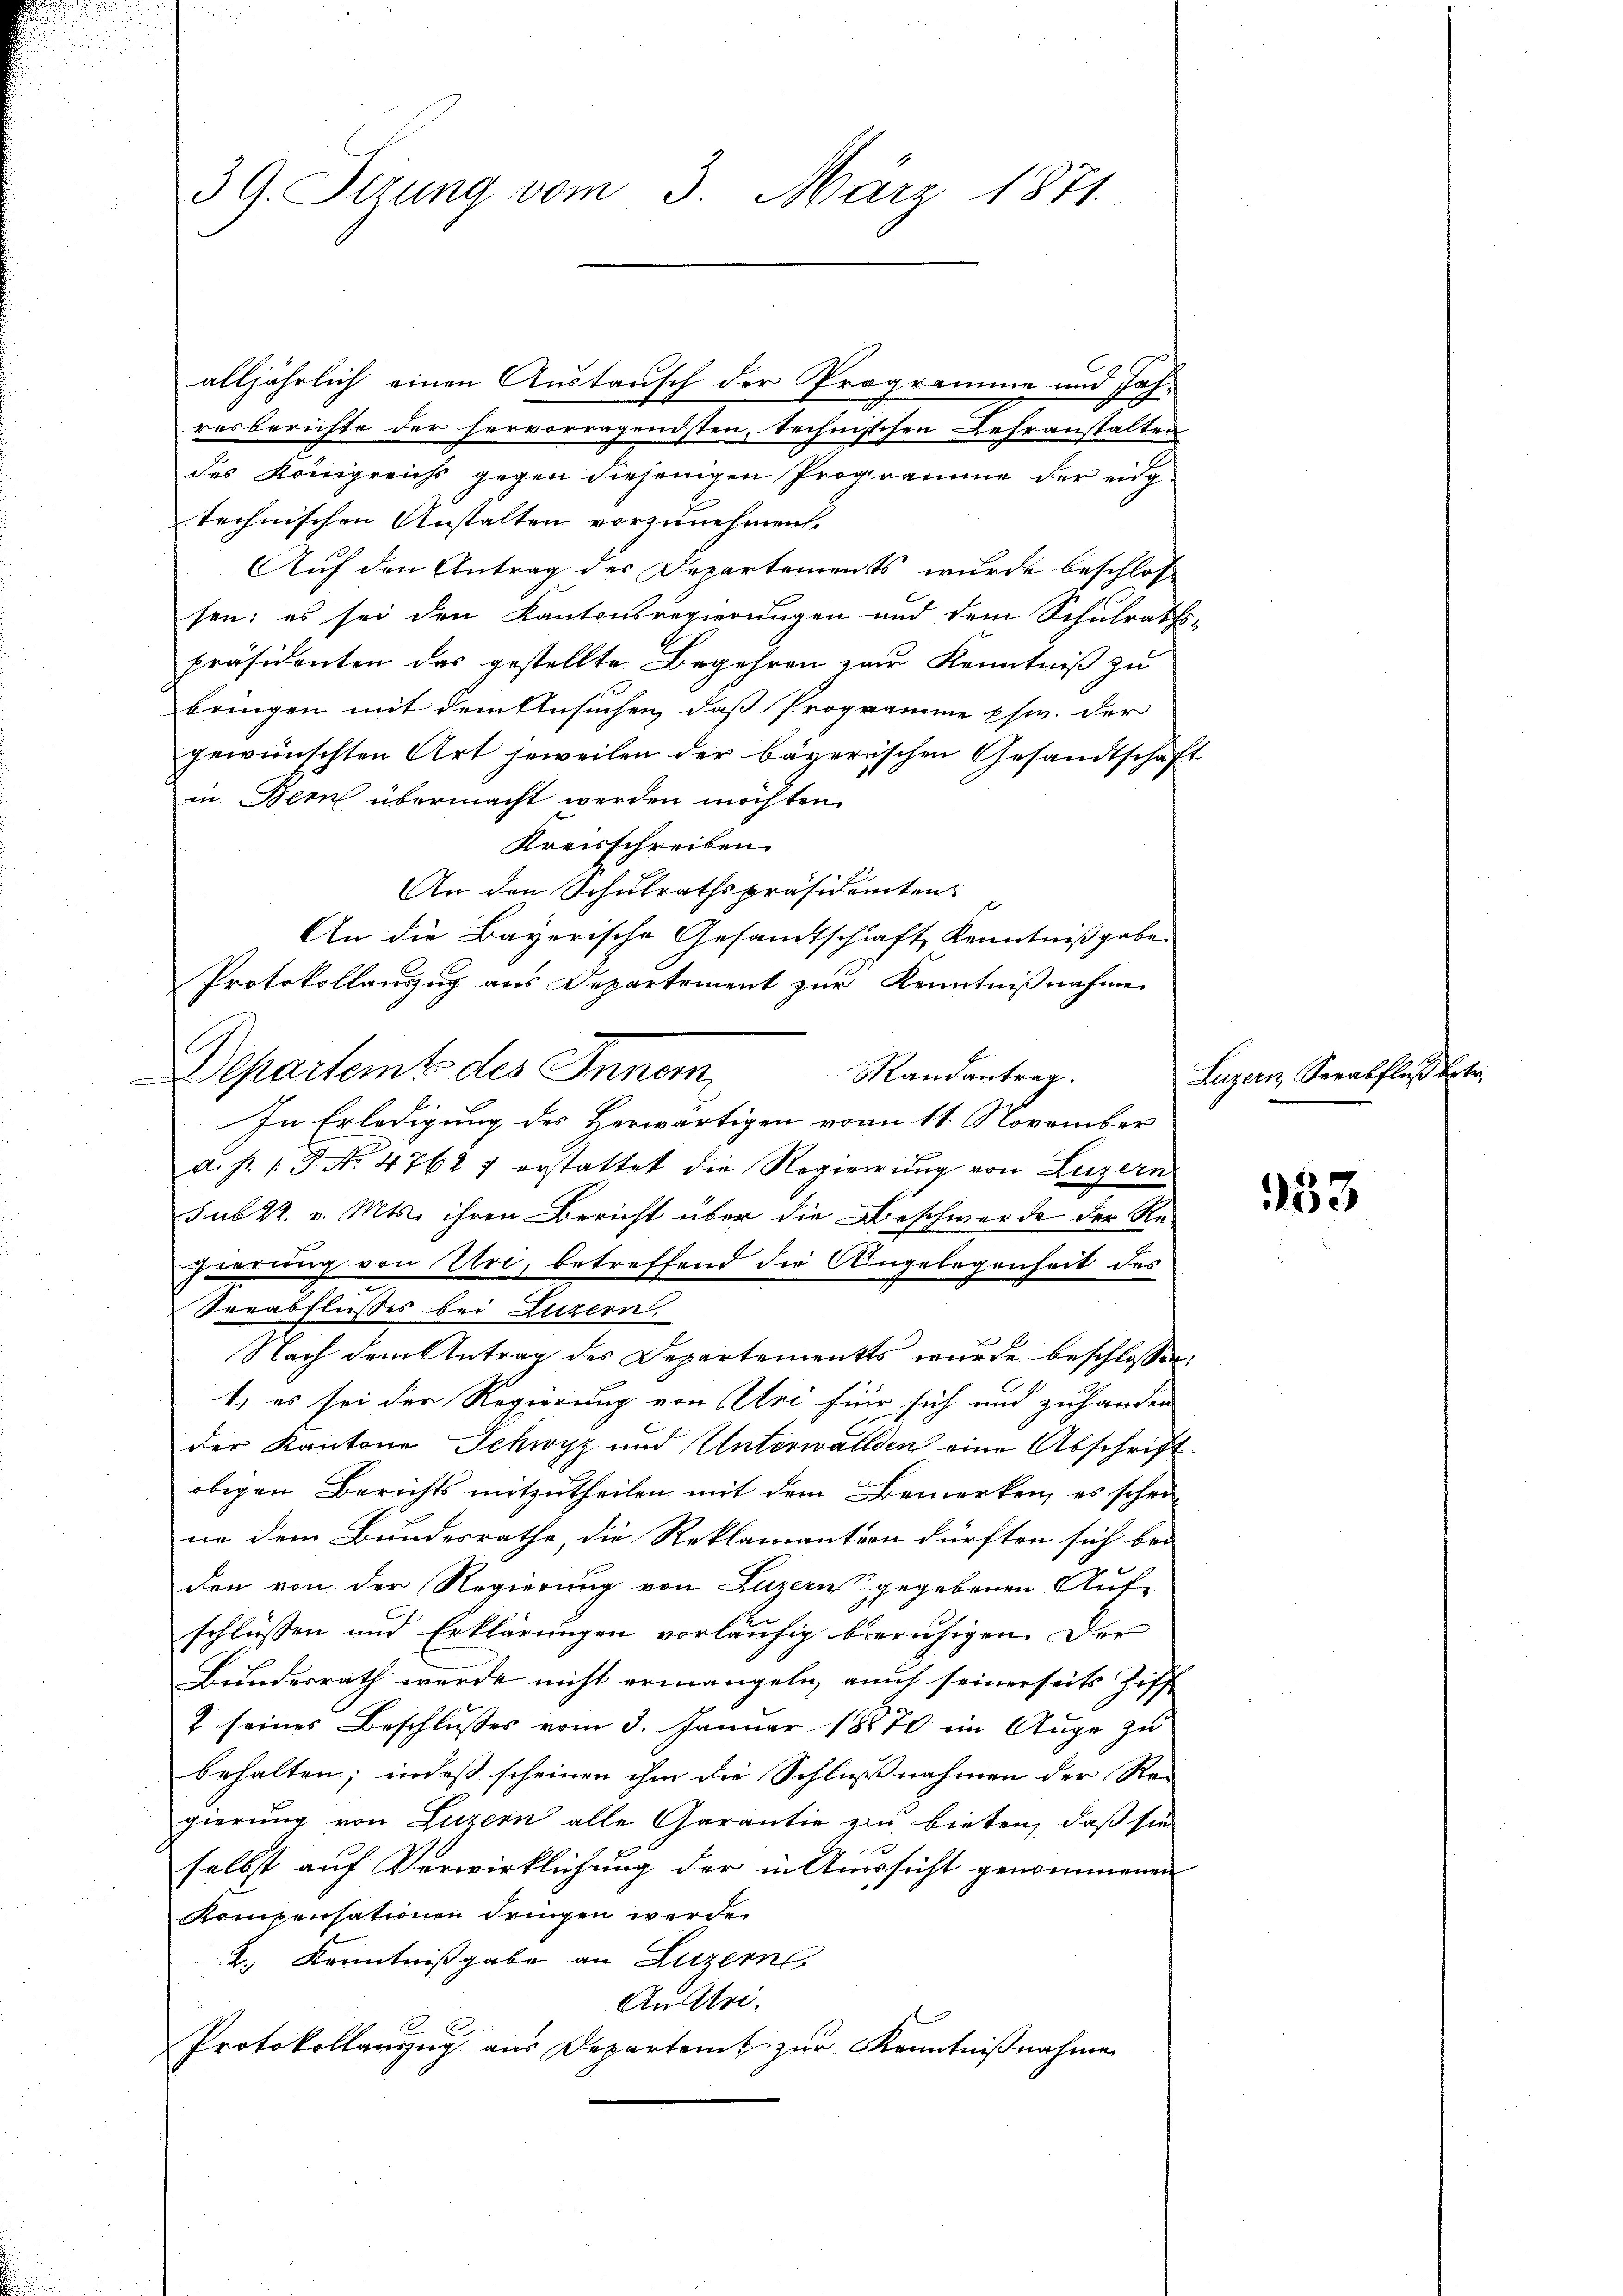
39. Sizung vom 3. März 1871

resberichte der hervorragendsten, technischen Lehranstalten
des Königreichs gegen diejenigen Programme der eidgtechnischen Anstalten vorzunehmen.
Auf den Antrag der Departements wurde beschlos
sen; es sei den Kantonsregierungen und dem Schulraths-
präsidenten das gestellte Begehren zur Kenntniß zu
bringen mit dem Ansuchen, daß Programme psw. der
gewünschten Art jeweilen der bägerischen Gesandtschaft
in Bern übermacht werden möchten.
Kreisschreiben.
An den Schulrathspräsidenten
An die Bayerische Gesandtschaft Kenntnißgabe
Protokollauszug aus Departement zur Kenntnißnahme
C
Departeit des Innern,
Randantrag.
In Erledigung des Herwärtigen vom 11. November
d. s. (T. No. 47627 erstattet die Regierung von Luzern
sub 22. v. Mts. ihren Bericht über die Beschwerde der Repierung von Uri, betreffend die Angelegenheit des
Verabflusses bei Luzern,
Nach dem Antrag des Departements wurde beschlossen:
1.) es sei der Regierung von Uri für sich und zuhanden
der Kantone Schwyz und Unterwällden eine Abschrift
obigen Berichts mitzutheilen mit dem Bemerken, es scheine dem Bundesrathe die Reklamantern dürften sich bei
den von der Regierung von Luzern gegebenen Auf-
schlüssen und Erklärungen vorläufig beruhigen. Der
Bundesrath werde nicht ermangeln, auch seinerseits Ziff
2 seines Beschlusses vom 3. Januar 18870 im Auge zu
behalten; indeß scheinen ihm die Schlußnahmen der Re-
gierung von Luzern alle Garantie zur bieten, daß sie
selbst auf Verwirklichung der in Aussicht genommenen
Kompensationen dringen werden
2., Kenntnißgabe an Luzern
Au Uri.
Protokollanzug aus Departent zur Kenntnißnahme

alljährlich einen Austausch der Programme und Jah¬

Luzern, Verabfluß erte

333